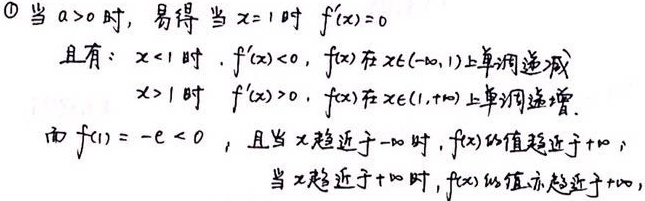
\textcircled{1} 当$a > 0$时，易得当$x = 1$时 $f^{\prime}(x)=0$
且有：$x < 1$时，$f^{\prime}(x)<0$，$f(x)$在$x\in(-\infty,1)$上单调递减
$x > 1$时  $f^{\prime}(x)>0$，$f(x)$在$x\in(1,+\infty)$上单调递增.
而$f(1)=-e < 0$，且当$x$趋近于$-\infty$时，$f(x)$的值趋近于$+\infty$；
当$x$趋近于$+\infty$时，$f(x)$的值亦趋近于$+\infty$